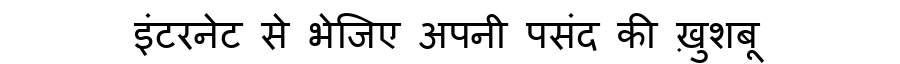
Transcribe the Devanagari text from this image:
इंटरनेट से भेजिए अपनी पसंद की ख़ुशबू